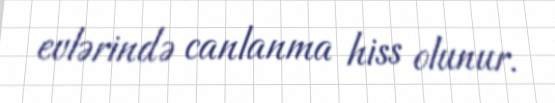
evlərində canlanma hiss olunur.